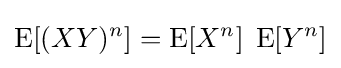
\operatorname {E} [(XY)^{n}]=\operatorname {E} [X^{n}]\;\operatorname {E} [Y^{n}]